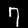
Label: 7